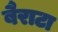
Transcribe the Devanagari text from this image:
बैराटा